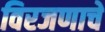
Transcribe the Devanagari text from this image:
विरजणाचे